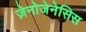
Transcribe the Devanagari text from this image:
ज़ेनोजेनेसिस